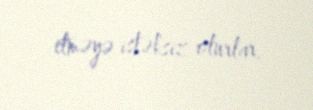
etməyə istəksiz olurlar.